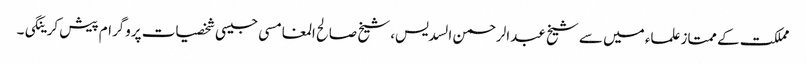
مملکت کے ممتاز علماء میں سے شیخ عبدالرحمن السدیس، شیخ صالح المغامسی جیسی شخصیات پروگرام پیش کرینگی۔